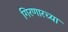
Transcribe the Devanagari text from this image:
गिरणारच्या